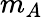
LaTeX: m_{A}